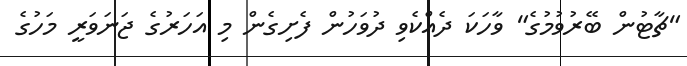
"ޗާޓުން ބޭރުވުމުގެ" ވާހަކަ ދެއްކެވި ދުވަހުން ފެށިގެން މި އަހަރުގެ ޖަނަވަރީ މަހުގެ